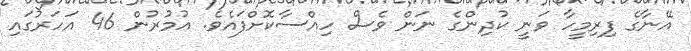
އޭނާގެ ފިރިމީހާ ވަނީ ކުދިންގެ ނަން ވެސް ހިއްސާކޮށްފައެވެ. އުމުރުން 46 އަހަރުގައި